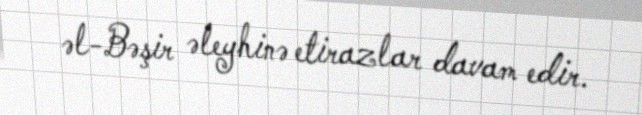
əl-Bəşir əleyhinə etirazlar davam edir.